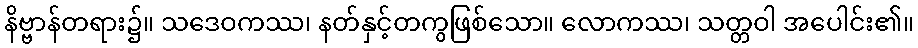
နိဗ္ဗာန်တရား၌။ သဒေဝကဿ၊ နတ်နှင့်တကွဖြစ်သော။ လောကဿ၊ သတ္တဝါ အပေါင်း၏။